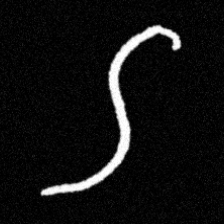
Pyu character \u2014 Myanmar letter: ဌ (romanized: ttha)